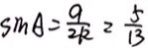
\sin A = \frac { 9 } { 2 R } = \frac { 5 } { 1 3 }